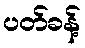
ပတ်ခန့်